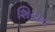
શિયન